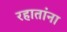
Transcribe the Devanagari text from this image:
रहातांना